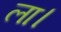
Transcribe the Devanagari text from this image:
ला।